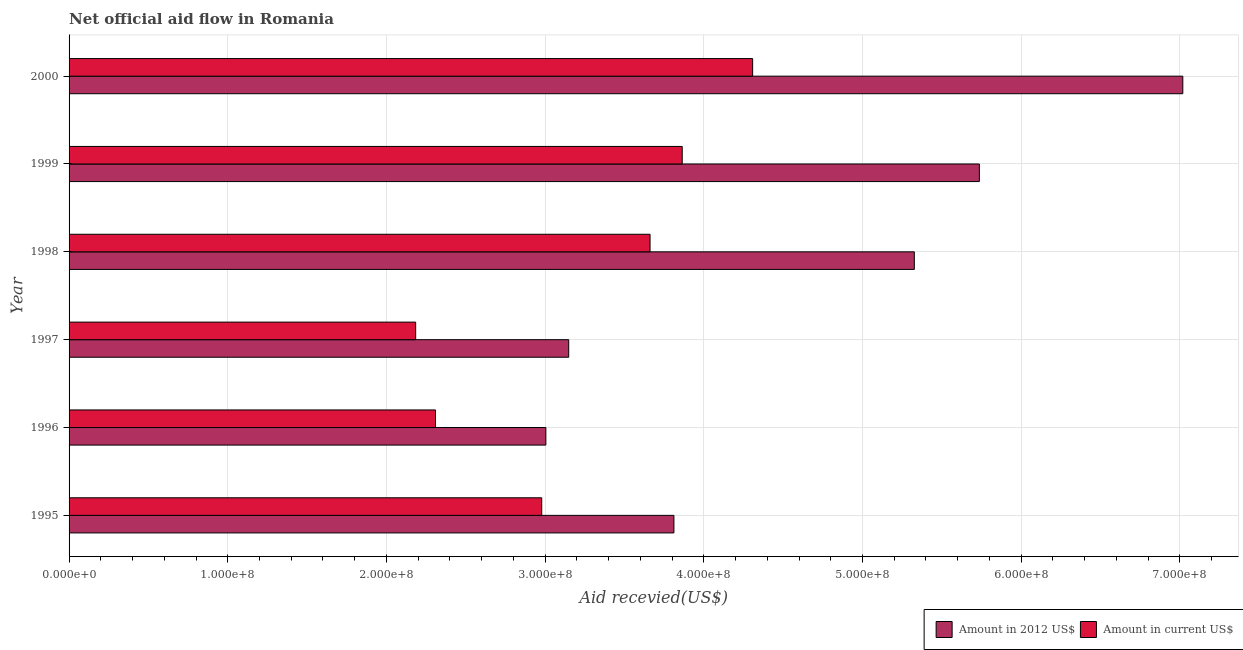
| Year | Amount in 2012 US$ | Amount in current US$ |
 | --- | --- | --- |
 | 1995 | 3.81e+08 | 2.98e+08 |
 | 1996 | 3e+08 | 2.31e+08 |
 | 1997 | 3.15e+08 | 2.18e+08 |
 | 1998 | 5.33e+08 | 3.66e+08 |
 | 1999 | 5.74e+08 | 3.86e+08 |
 | 2000 | 7.02e+08 | 4.31e+08 |